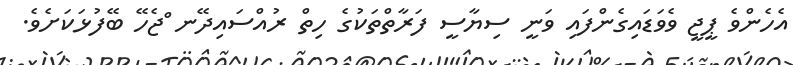
އެހެންވެ ޕީޖީ ވެވަޑައިގެންފައި ވަނީ ސިޔާސީ ފަރާތްތަކުގެ ހިތް ރުއްސައިދޭނ ްޖެހޭ ބޭފުޅަކަށެވެ.